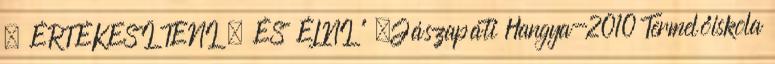
– ÉRTÉKESÍTENI – ÉS ÉLNI ” „Jászapáti Hangya-2010 Termelőiskola